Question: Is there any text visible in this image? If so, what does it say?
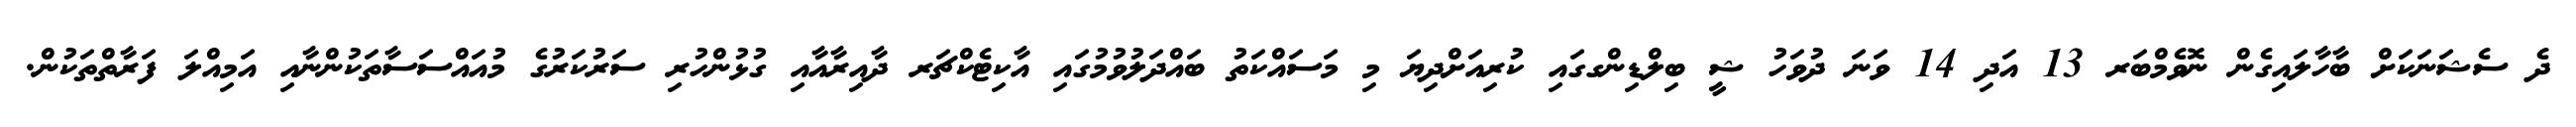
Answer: ދެ ސެޝަނަކަށް ބާހާލައިގެން ނޮވެމްބަރ 13 އަދި 14 ވަނަ ދުވަހު ޝީ ބިލްޑިންގގައި ކުރިއަށްދިޔަ މި މަސައްކަތު ބައްދަލުވުމުގައި އާކިޓެކްޗަރ ދާއިރާއާއި ގުޅުންހުރި ސަރުކަރުގެ މުއައްސަސާތަކުންނާއި އަމިއްލަ ފަރާތްތަކުން.